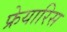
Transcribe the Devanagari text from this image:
फ्रेयारिस